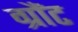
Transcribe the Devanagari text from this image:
ग्रौंट